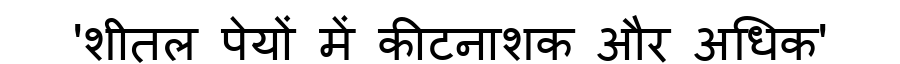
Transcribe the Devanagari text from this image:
'शीतल पेयों में कीटनाशक और अधिक'